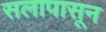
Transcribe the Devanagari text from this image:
सलापासून